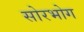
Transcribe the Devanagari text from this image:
सोरभोग